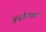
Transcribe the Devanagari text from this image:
मुर्ज़ील्का